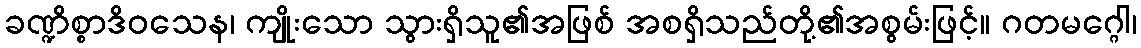
ခဏ္ဍိစ္စာဒိဝသေန၊ ကျိုးသော သွားရှိသူ၏အဖြစ် အစရှိသည်တို့၏အစွမ်းဖြင့်။ ဂတမဂ္ဂေါ၊